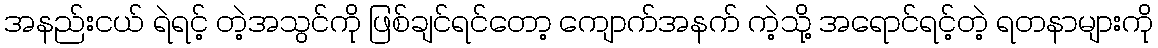
အနည်းငယ် ရဲရင့် တဲ့အသွင်ကို ဖြစ်ချင်ရင်တော့ ကျောက်အနက် ကဲ့သို့ အရောင်ရင့်တဲ့ ရတနာများကို